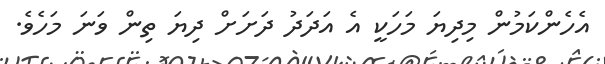
އެހެންކަމުން މިދިޔަ މަހަކީ އެ އަދަދު ދަށަށް ދިޔަ ތިން ވަނަ މަހެވެ.